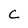
Character: C